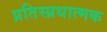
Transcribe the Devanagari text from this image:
प्रतिस्प्रधात्मक